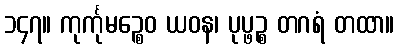
၁၄၇။ ကုင်္ကုမဉ္စေဝ ယဝန၊ ပုပ္ဖဉ္စ တဂရံ တထာ။